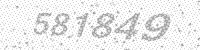
Solution: 581849